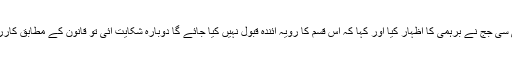
اس پر اے ٹی سی جج نے برہمی کا اظہار کیا اور کہا کہ اس قسم کا رویہ آئندہ قبول نہیں کیا جائے گا دوبارہ شکایت آئی تو قانون کے مطابق کارروائی ہو گی ۔